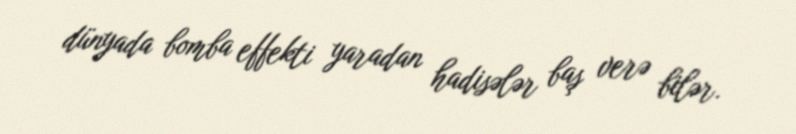
dünyada bomba effekti yaradan hadisələr baş verə bilər.